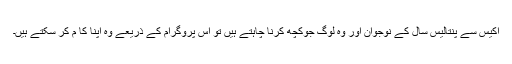
اکیس سے پنتالیس سال کے نوجوان اور وہ لوگ جوکچھ کرنا چاہتے ہیں تو اس پروگرام کے ذریعے وہ اپنا کا م کر سکتے ہیں۔